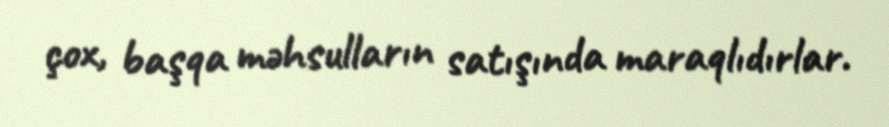
çox, başqa məhsulların satışında maraqlıdırlar.